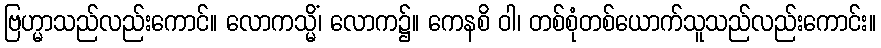
ဗြဟ္မာသည်လည်းကောင်။ လောကသ္မိံ၊ လောက၌။ ကေနစိ ဝါ၊ တစ်စုံတစ်ယောက်သူသည်လည်းကောင်း။